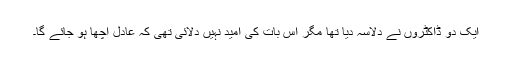
ایک دو ڈاکٹروں نے دِلاسہ دیا تھا مگر اِس بات کی اُمید نہیں دِلائی تھی کہ عادل اچھا ہو جائے گا۔